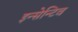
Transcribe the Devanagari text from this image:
इन्सेन्टिव